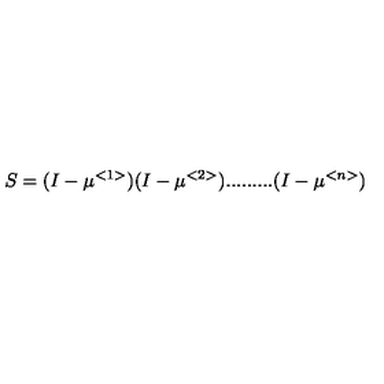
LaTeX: S = ( I - \mu ^ { < 1 > } ) ( I - \mu ^ { < 2 > } ) . . . . . . . . . ( I - \mu ^ { < n > } )